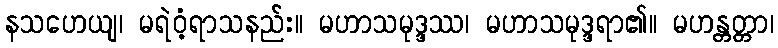
နသဟေယျ၊ မရဲဝံ့ရာသနည်း။ မဟာသမုဒ္ဒဿ၊ မဟာသမုဒ္ဒရာ၏။ မဟန္တတ္တာ၊